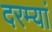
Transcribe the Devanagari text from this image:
दरम्‍यां